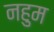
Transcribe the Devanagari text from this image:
नहुम